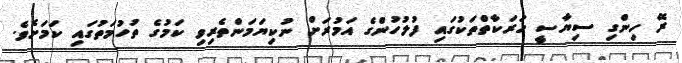
ރޭ ހިންގި ސިޔާސީ ހަރަކާތްތަކުގައި ފުލުހުންގެ އަމުރަށް ނުކިޔަމަންތެރިވި ކަމުގެ ތުހުމަތުގައި ކަމަށެވެ.